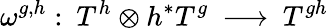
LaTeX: \omega^{g,h}:\: T^{h}\otimes h^{*}T^{g}\: \longrightarrow\: T^{gh}